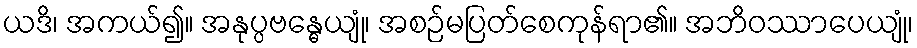
ယဒိ၊ အကယ်၍။ အနုပ္ပဗန္ဓေယျုံ၊ အစဉ်မပြတ်စေကုန်ရာ၏။ အဘိဝဿာပေယျုံ၊